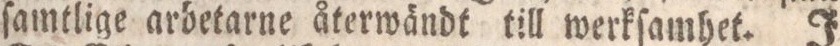
ſamtlige aröetarne återwändt till werkſamhet. I